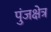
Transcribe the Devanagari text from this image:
पुंजक्षेत्र